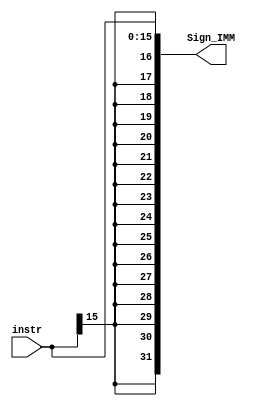
module SIGN_EXTEND #(parameter WIDTH =32)
(
input  wire  [(WIDTH/2)-1:0]       instr,
output reg   [WIDTH-1:0]           Sign_IMM 
);

 always @(*)
  begin
    /*Sign_IMM={{16{instr[15]}},instr};*/
    Sign_IMM[15:0]=instr;
    Sign_IMM[31:16]={16{instr[15]}};                                   
  end
endmodule